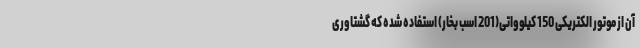
آن از موتور الکتریکی 150 کیلوواتی(201 اسب بخار) استفاده شده که گشتاوری